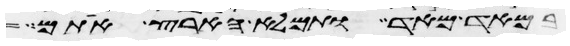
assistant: במאד מאד ותמלא הארץ אתם